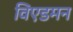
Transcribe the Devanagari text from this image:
विएडमन